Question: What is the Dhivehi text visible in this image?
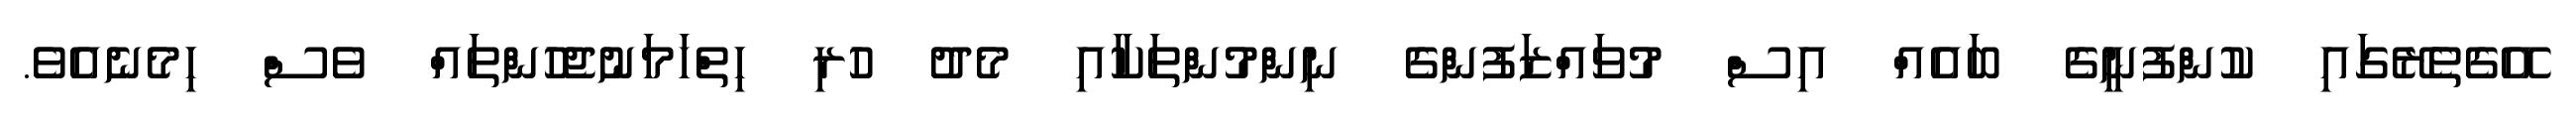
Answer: އޭގެތެރޭގައި ކުންފުނީގެ ބައެއް އިސް މުވައްޒަފުންގެ ނިންމުންތަކާއި މެދު ހުރި ހިތްހަމަނުޖެހުންތައް ވެސް ހިމެނެއެވެ.